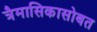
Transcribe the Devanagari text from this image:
त्रैमासिकासोबत